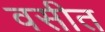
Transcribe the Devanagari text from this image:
वसीत